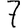
Digit: 7